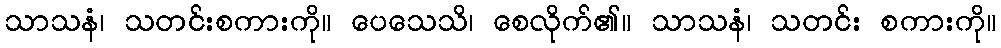
သာသနံ၊ သတင်းစကားကို။ ပေသေသိ၊ စေလိုက်၏။ သာသနံ၊ သတင်း စကားကို။